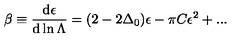
\beta \equiv { \frac { \mathrm { d } \epsilon } { \mathrm { d } \ln \Lambda } } = ( 2 - 2 \Delta _ { 0 } ) \epsilon - \pi C \epsilon ^ { 2 } + . . .